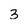
Character: 3